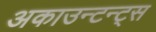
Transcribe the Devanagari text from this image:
अकाउन्टन्ट्स